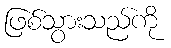
ဖြစ်သွားသည်ကို